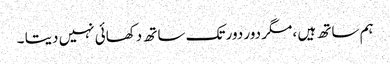
ہم ساتھ ہیں ، مگر دور دور تک ساتھ دکھائی نہیں دیتا ۔